Annual report of the Punjab Veterinary College and of the Civil Veterinary Department, Punjab - 1909-1919
Year: 1909
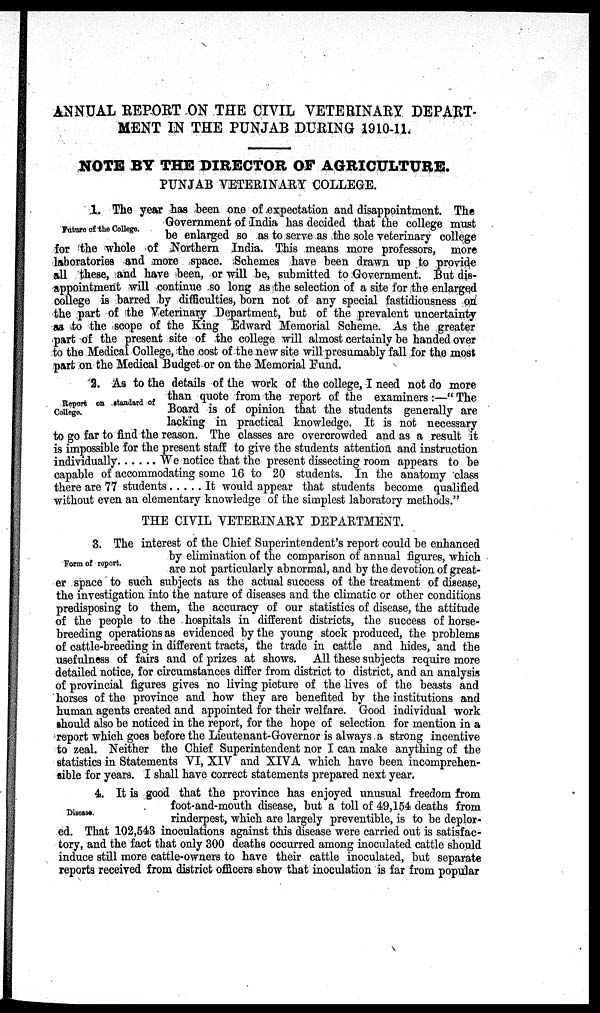
ANNUAL REPORT ON THE CIVIL VETERINARY DEPART-
MENT IN THE PUNJAB DURING 1910-11.
NOTE BY THE DIRECTOR OF AGRICULTURE.
PUNJAB VETERINARY COLLEGE.
Future of the College.
1. The year has been one of expectation and disappointment. The
Government of India has decided that the college must
be enlarged so as to serve as the sole veterinary college
for the whole of Northern India. This means more professors, more
laboratories and more space. Schemes have been drawn up to provide
all these, and have been, or will be, submitted to Government. But dis-
appointment will continue so long as the selection of a site for the enlarged
college is barred by difficulties, born not of any special fastidiousness on
the part of the Veterinary Department, but of the prevalent uncertainty
as to the scope of the King Edward Memorial Scheme. As the greater
part of the present site of the college will almost certainly be handed over
to the Medical College, the cost of the new site will presumably fall for the most
part on the Medical Budget or on the Memorial Fund.
Report on standard of
College.
2. As to the details of the work of the college, I need not do more
than quote from the report of the examiners :—" The
Board is of opinion that the students generally are
lacking in practical knowledge. It is not necessary
to go far to find the reason. The classes are overcrowded and as a result it
is impossible for the present staff to give the students attention and instruction
individually
We notice that the present dissecting room appears to be
capable of accommodating some 16 to 20 students. In the anatomy class
there are 77 students
It would appear that students become qualified
without even an elementary knowledge of the simplest laboratory methods."
THE CIVIL VETERINARY DEPARTMENT.
Form of report.
3. The interest of the Chief Superintendent's report could be enhanced
by elimination of the comparison of annual figures, which
are not particularly abnormal, and by the devotion of great-
er space to such subjects as the actual success of the treatment of disease,
the investigation into the nature of diseases and the climatic or other conditions
predisposing to them, the accuracy of our statistics of disease, the attitude
of the people to the hospitals in different districts, the success of horse-
breeding operations as evidenced by the young stock produced, the problems
of cattle-breeding in different tracts, the trade in cattle and hides, and the
usefulness of fairs and of prizes at shows. All these subjects require more
detailed notice, for circumstances differ from district to district, and an analysis
of provincial figures gives no living picture of the lives of the beasts and
horses of the province and how they are benefited by the institutions and
human agents created and appointed for their welfare. Good individual work
should also be noticed in the report, for the hope of selection for mention in a
report which goes before the Lieutenant-Governor is always a strong incentive
to zeal. Neither the Chief Superintendent nor I can make anything of the
statistics in Statements VI, XIV and XIVA which have been incomprehen-
sible for years. I shall have correct statements prepared next year.
Disease.
4. It is good that the province has enjoyed unusual freedom from
foot-and-mouth disease, but a toll of 49,154 deaths from
rinderpest, which are largely preventible, is to be deplor-
ed. That 102,543 inoculations against this disease were carried out is satisfac-
tory, and the fact that only 300 deaths occurred among inoculated cattle should
induce still more cattle-owners to have their cattle inoculated, but separate
reports received from district officers show that inoculation is far from popular